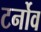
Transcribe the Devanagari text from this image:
टर्नोव